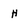
Character: H